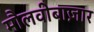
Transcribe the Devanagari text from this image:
मौलवीबाज़ार